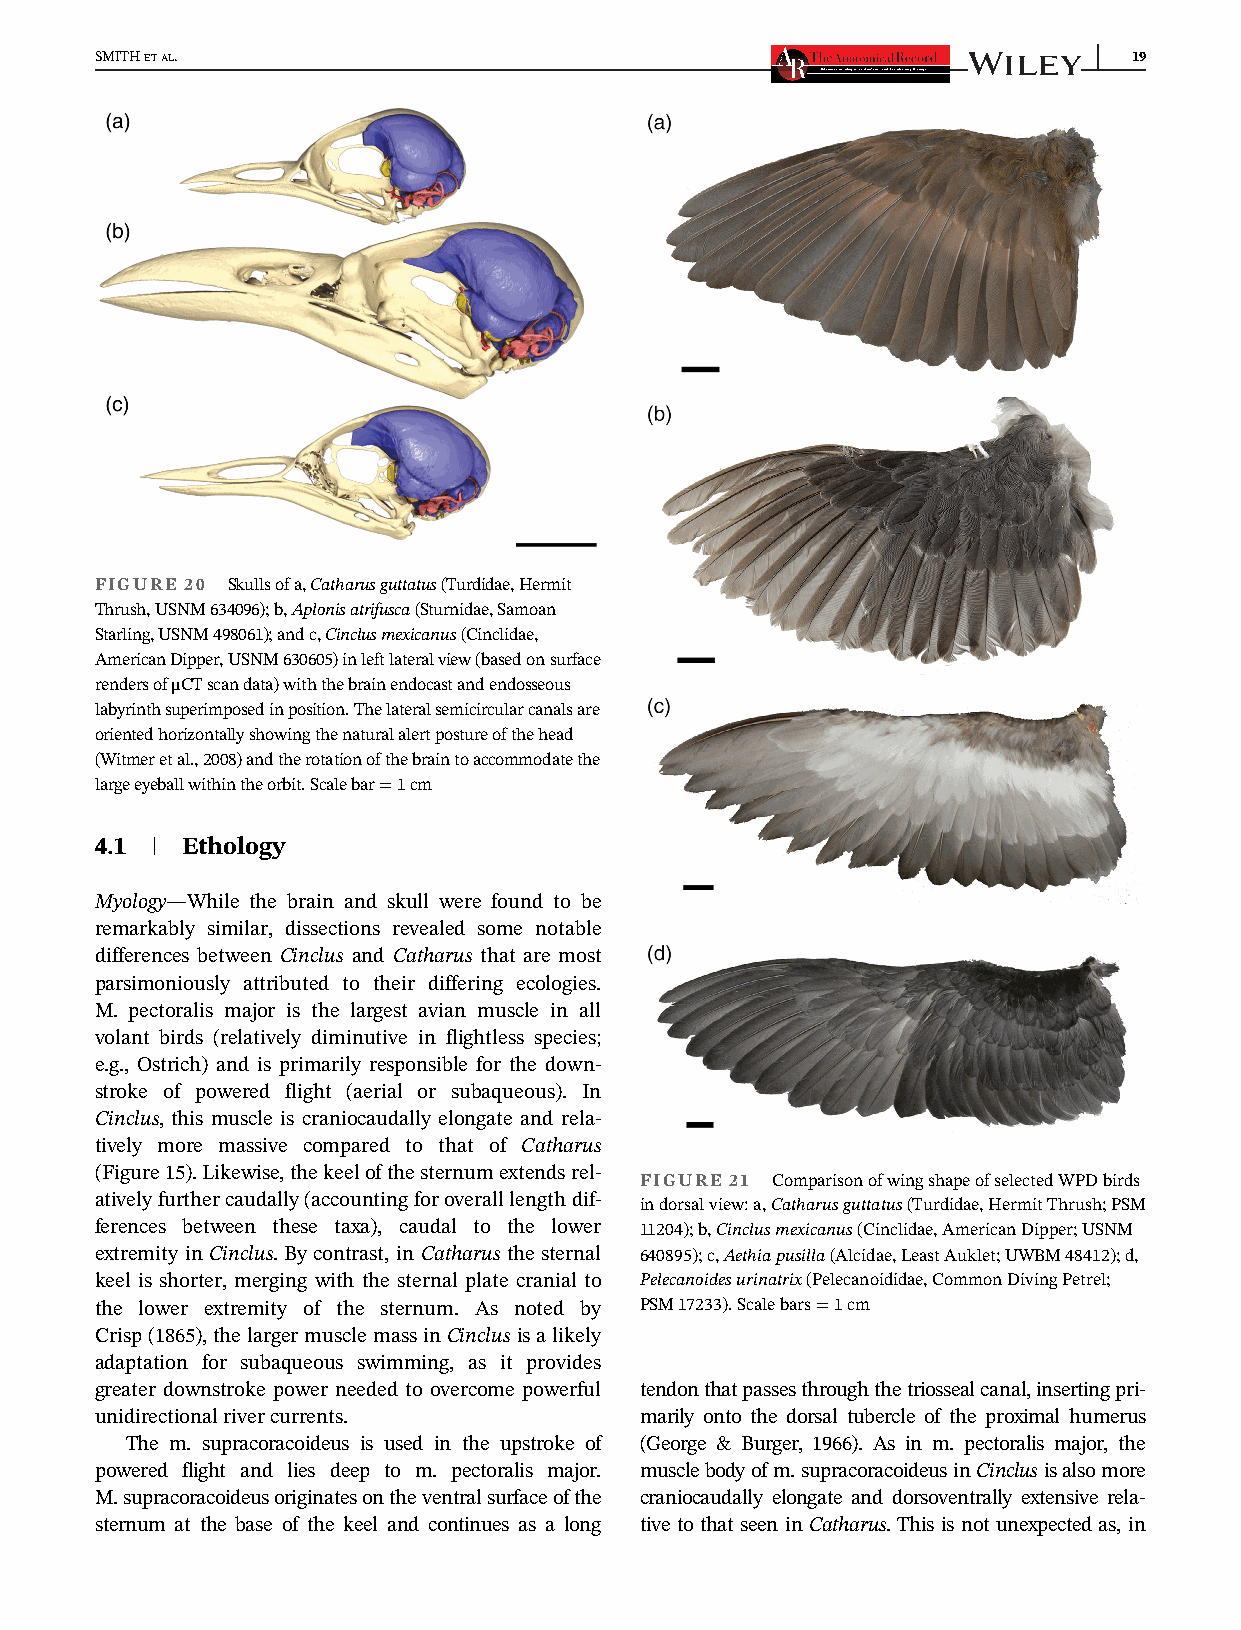
SMITHETAL.                                                           19
 FIGURE 20 Skullsofa,Catharusguttatus(Turdidae,Hermit
 Thrush,USNM634096);b,Aplonisatrifusca(Sturnidae,Samoan
 Starling,USNM498061);andc,Cinclusmexicanus(Cinclidae,
 AmericanDipper,USNM630605)inleftlateralview(basedonsurface
 rendersofμCTscandata)withthebrainendocastandendosseous
 labyrinthsuperimposedinposition.Thelateralsemicircularcanalsare
 orientedhorizontallyshowingthenaturalalertpostureofthehead
 (Witmeretal.,2008)andtherotationofthebraintoaccommodatethe
 largeeyeballwithintheorbit.Scalebar=1cm
 4.1 | Ethology
 Myology—While the brain and skull were found to be
 remarkably similar, dissections revealed some notable
 differences between Cinclus and Catharus that are most
 parsimoniously attributed to their differing ecologies.
 M. pectoralis major is the largest avian muscle in all
 volant birds (relatively diminutive in flightless species;
 e.g., Ostrich) and is primarily responsible for the down-
 stroke of powered flight (aerial or subaqueous). In
 Cinclus, this muscle is craniocaudally elongate and rela-
 tively more massive compared to that of Catharus
 (Figure15).Likewise,thekeelofthesternumextendsrel-
 FIGURE 21 ComparisonofwingshapeofselectedWPDbirds
 ativelyfurthercaudally(accountingforoveralllengthdif-
 indorsalview:a,Catharusguttatus(Turdidae,HermitThrush;PSM
 ferences between these taxa), caudal to the lower 11204);b,Cinclusmexicanus(Cinclidae,AmericanDipper;USNM
 extremity in Cinclus. By contrast, in Catharus the sternal 640895);c,Aethiapusilla(Alcidae,LeastAuklet;UWBM48412);d,
 keel is shorter, merging with the sternal plate cranial to Pelecanoidesurinatrix(Pelecanoididae,CommonDivingPetrel;
 the lower extremity of the sternum. As noted by PSM17233).Scalebars=1cm
 Crisp(1865),thelargermusclemassinCinclusisalikely
 adaptation for subaqueous swimming, as it provides
 greater downstroke power needed to overcome powerful tendonthatpassesthroughthetriossealcanal,insertingpri-
 unidirectionalrivercurrents.        marily onto the dorsal tubercle of the proximal humerus
 The m. supracoracoideus is used in the upstroke of (George & Burger, 1966). As in m. pectoralis major, the
 powered flight and lies deep to m. pectoralis major. musclebodyofm.supracoracoideusinCinclusisalsomore
 M.supracoracoideusoriginatesontheventralsurfaceofthe craniocaudally elongate and dorsoventrally extensive rela-
 sternum at the base of the keel and continues as a long tive to that seen in Catharus. This is not unexpected as, in